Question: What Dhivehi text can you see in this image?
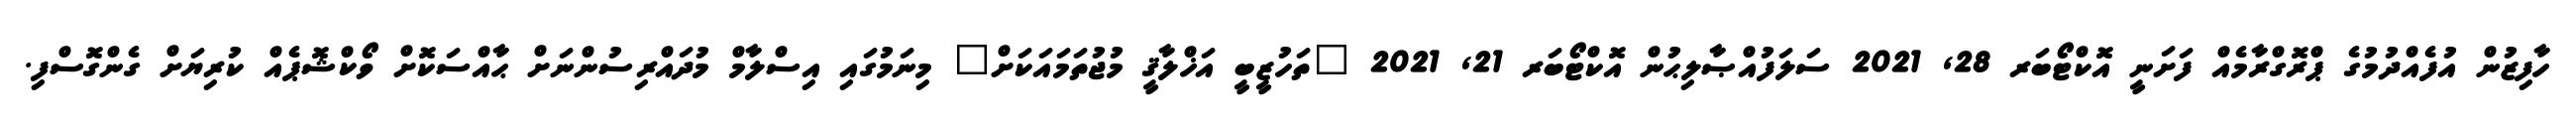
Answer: ހާފިޒުން އުފެއްދުމުގެ ޕްރޮގްރާމެއް ފަށަނީ އޮކްޓޯބަރ 28, 2021 ސަލަފުއްޞާލިޙުން އޮކްޓޯބަރ 21, 2021 "ތަހުޒީބީ އަޚްލާޤީ މުޖުތަމައަކަށް" މިނަމުގައި އިސްލާމް މުދައްރިސުންނަށް ޙާއްސަކޮށް ވޯކްޝޮޕެއް ކުރިޔަށް ގެންގޮސްފި.